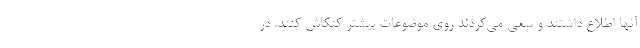
آنها اطلاع داشتند و سعی می‌کردند روی موضوعات بیشتر کنکاش کنند. در